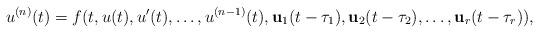
LaTeX: \begin{align*}u^{(n)}(t) = f(t,u(t),u'(t),\dots,u^{(n-1)}(t),\mathbf{u}_1(t-\tau_1 ),\mathbf{u}_2(t-\tau_2 ), \dots, \mathbf{u}_r(t-\tau_r ) ),\end{align*}